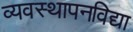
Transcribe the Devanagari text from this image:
व्यवस्थापनविद्या